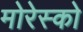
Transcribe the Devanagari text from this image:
मोरेस्को